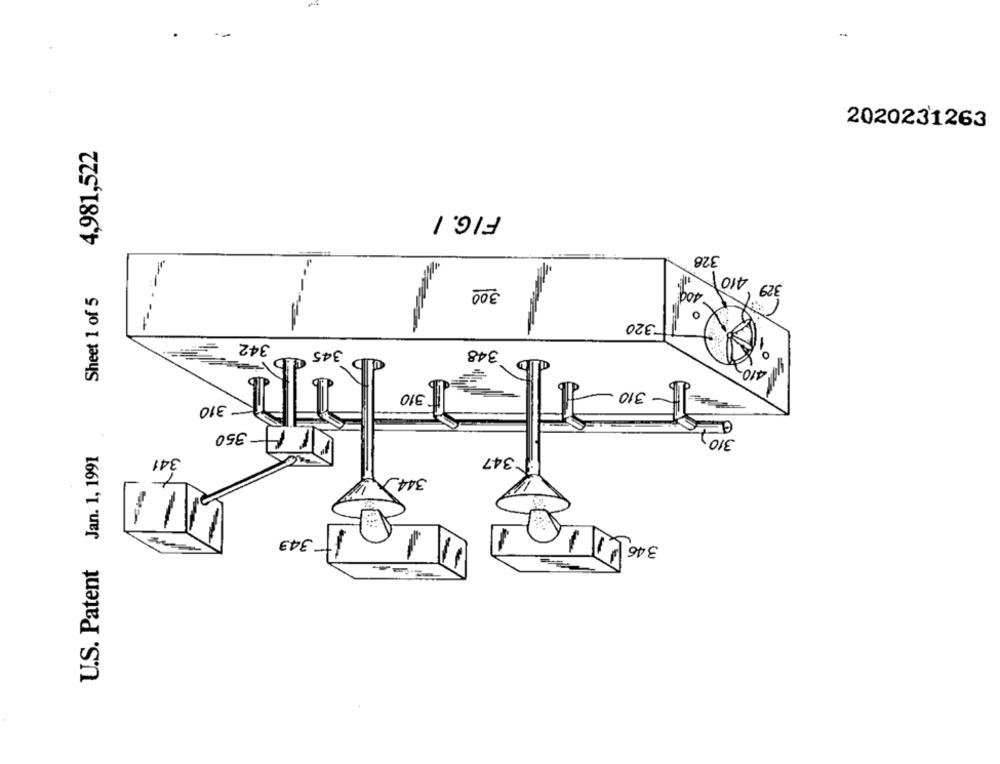
2020231263
4,981,522
FIG. I
------
328
410
300
400
329
Sheet 1 of 5
-320
342
345
348
410
310
310
- 310
350
310
U.S. Patent Jan. 1, 1991
341
F 347
344_
346
343